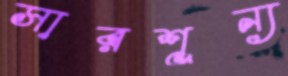
সারশূন্য